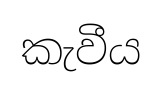
කැවීය